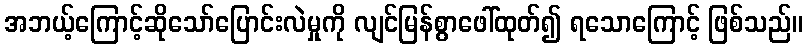
အဘယ့်ကြောင့်ဆိုသော်ပြောင်းလဲမှုကို လျင်မြန်စွာဖေါ်ထုတ်၍ ရသောကြောင့် ဖြစ်သည်။